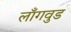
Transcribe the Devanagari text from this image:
लाँगवुड